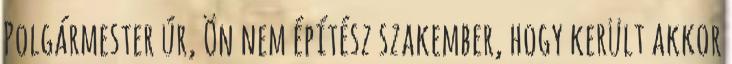
Polgármester úr, Ön nem építész szakember, hogy került akkor